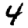
Digit: 4